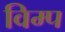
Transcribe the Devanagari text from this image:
विम्प